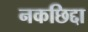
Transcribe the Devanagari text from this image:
नकछिद्दा